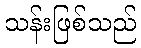
သန်းဖြစ်သည်